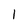
Character: 1